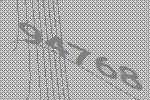
94768